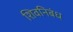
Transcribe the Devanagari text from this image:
शिवनिबंध